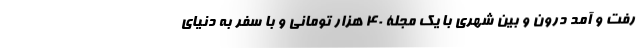
رفت و آمد درون و بین شهری با یک مجلۀ 40 هزار تومانی و با سفر به دنیای